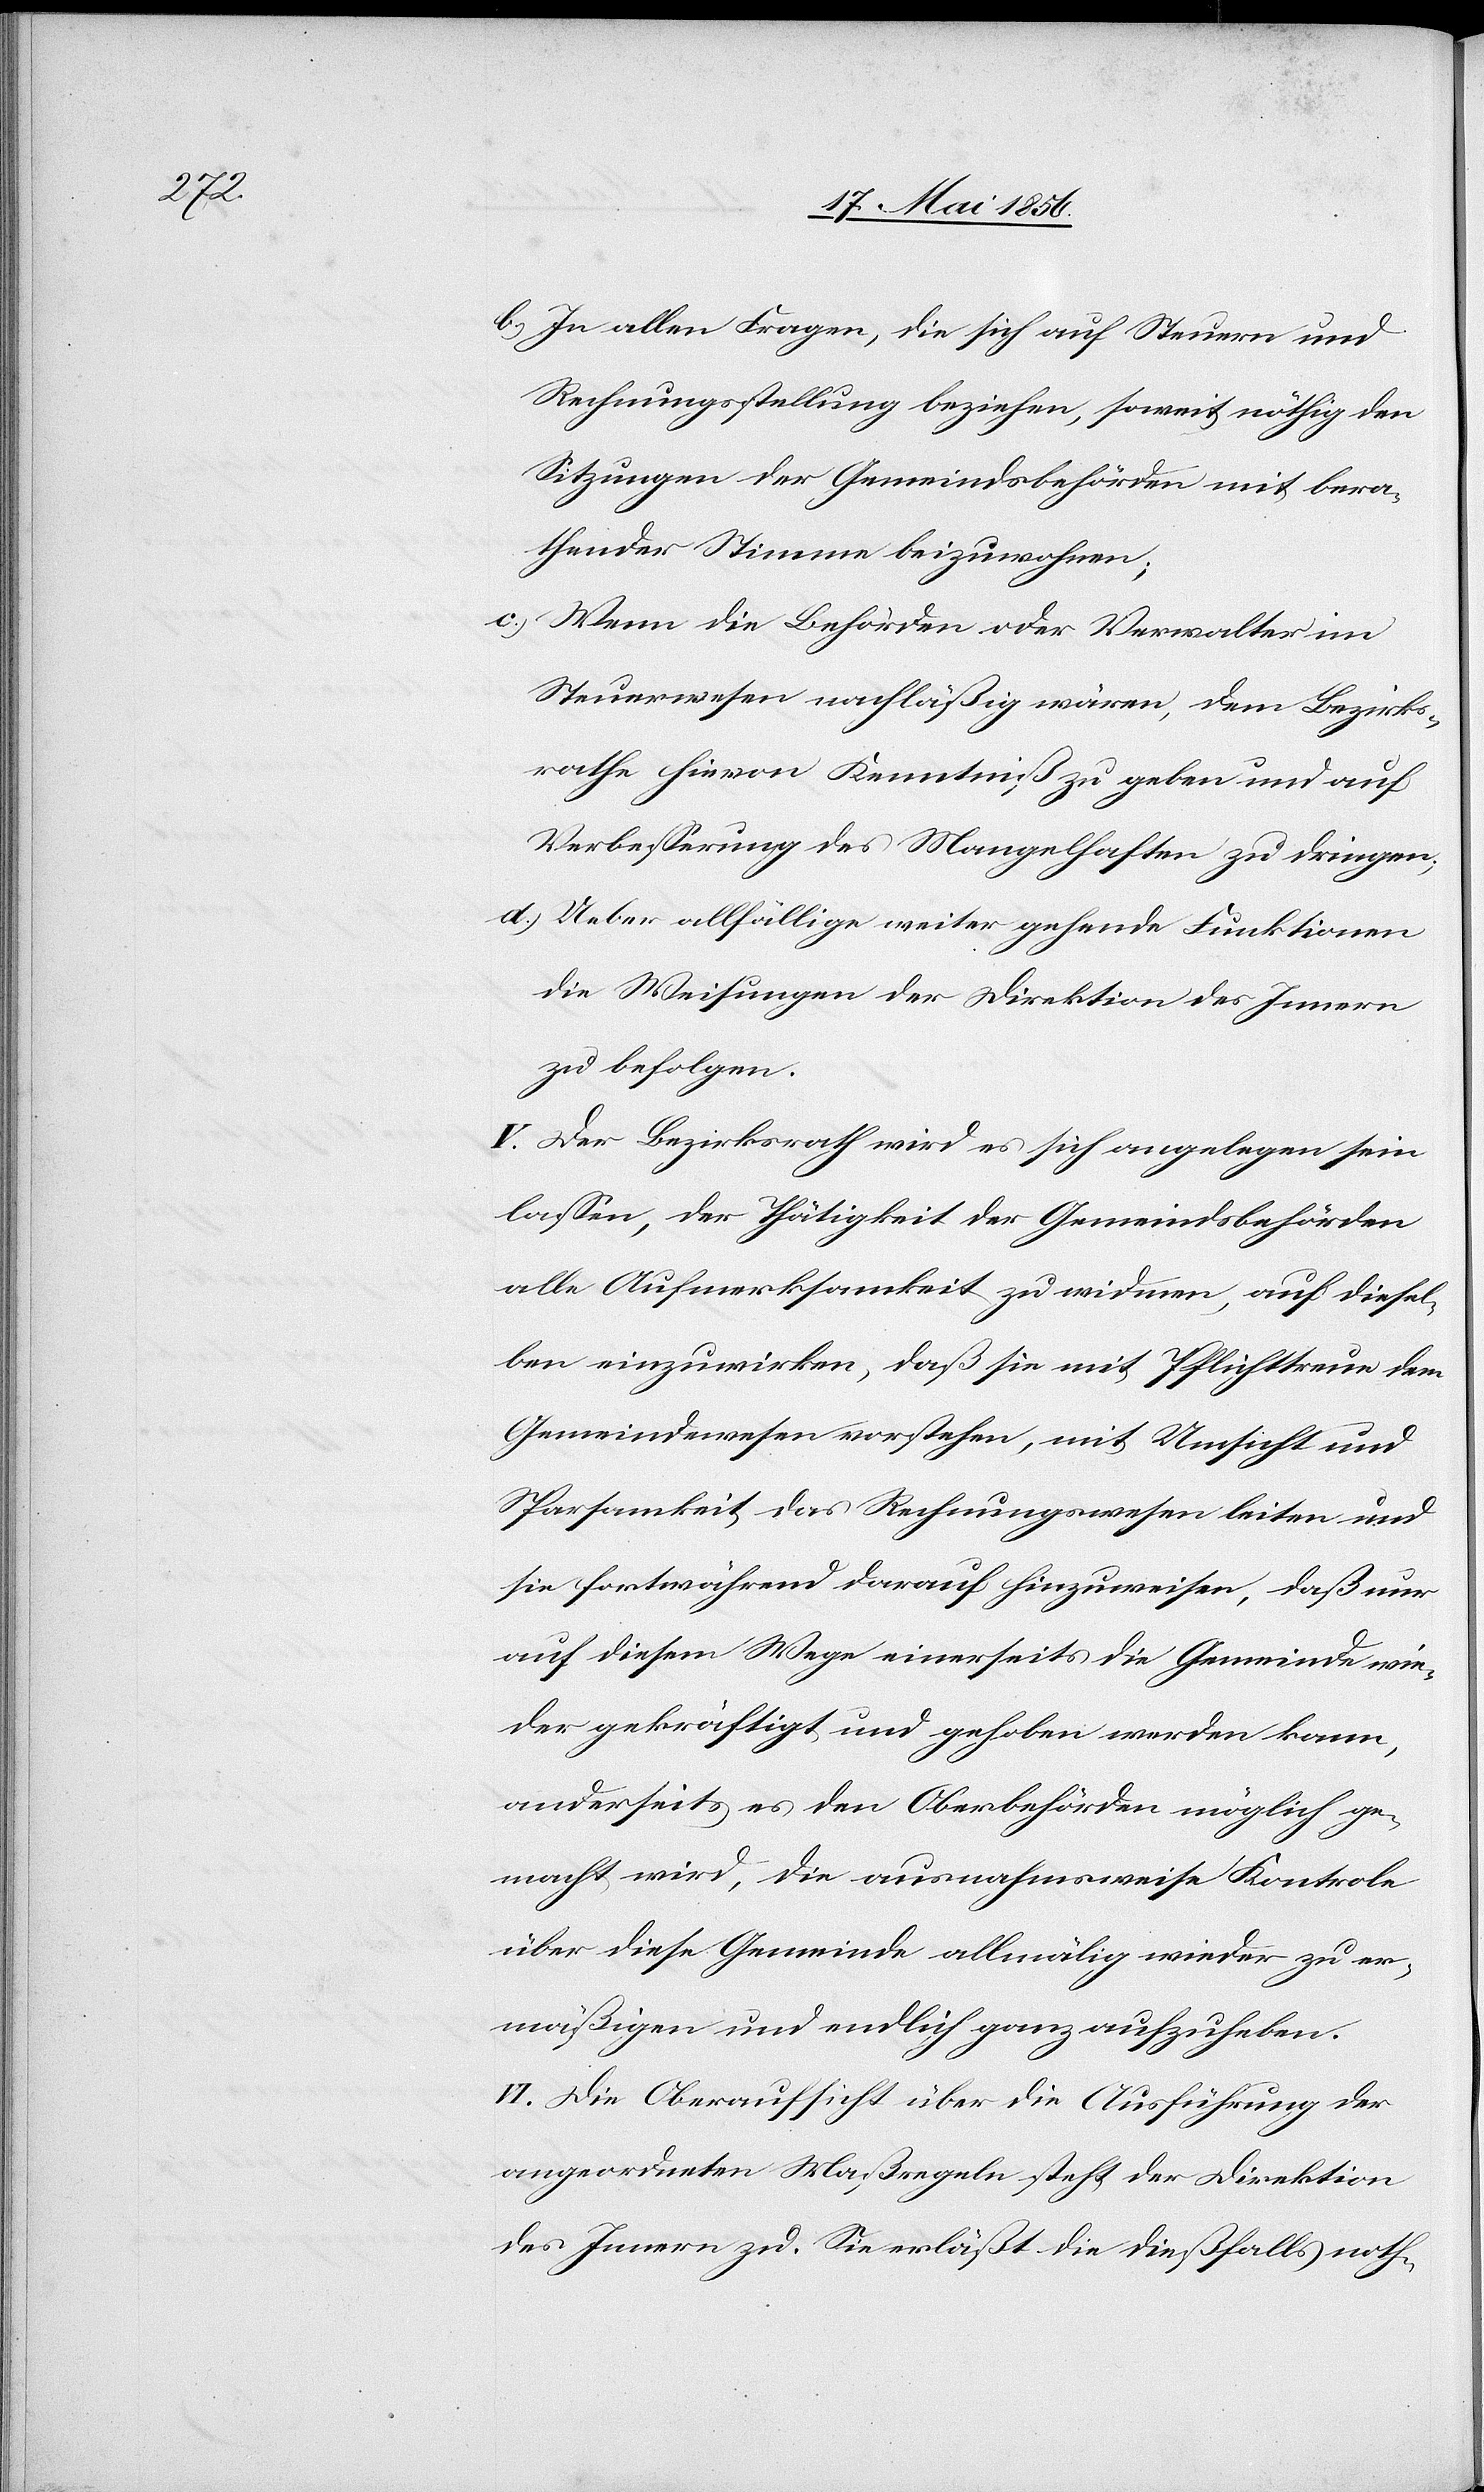
b.) In allen Fragen, die sich auf Steuern und
Rechnungsstellung beziehen, soweit nöthig den
Sitzungen der Gemeindsbehörden mit bera¬
thender Stimme beizuwohnen;
c.) Wenn die Behörden oder Verwalter im
Steuerwesen nachläßig wären, dem Bezirks¬
rathe hievon Kenntniß zu geben und auf
Verbesserung des Mangelhaften zu dringen;
d.) Ueber allfällige weiter gehende Funktionen
die Weisungen der Direktion des Innern
zu befolgen.
V. Der Bezirksrath wird es sich angelegen sein
lassen, der Thätigkeit der Gemeindsbehörden
alle Aufmerksamkeit zu widmen, auf diesel¬
ben einzuwirken, daß sie mit Pflichttreue dem
Gemeindwesen vorstehen, mit Umsicht und
Sparsamkeit das Rechnungswesen leiten und
sie fortwährend darauf hinzuweisen, daß nur
auf diesem Wege einerseits die Gemeinde wie¬
der gekräftigt und gehoben werden kann,
anderseits es den Oberbehörden möglich ge¬
macht wird, die ausnahmsweise Kontrole
über diese Gemeinde allmälig wieder zu er¬
mäßigen und endlich ganz aufzuheben.
VI. Die Oberaufsicht über die Ausführung der
angeordneten Maßregeln steht der Direktion
des Innern zu. Sie erläßt die dießfalls noth-